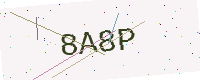
Text: 8A8P